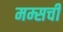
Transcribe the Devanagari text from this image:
मम्सची